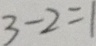
3 - 2 = 1